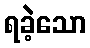
ရခဲ့သော